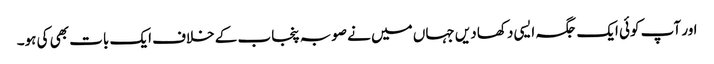
اور آپ کوئی ایک جگہ ایسی دکھا دیں جہاں میں نے صوبہ پنجاب کے خلاف ایک بات بھی کی ہو۔